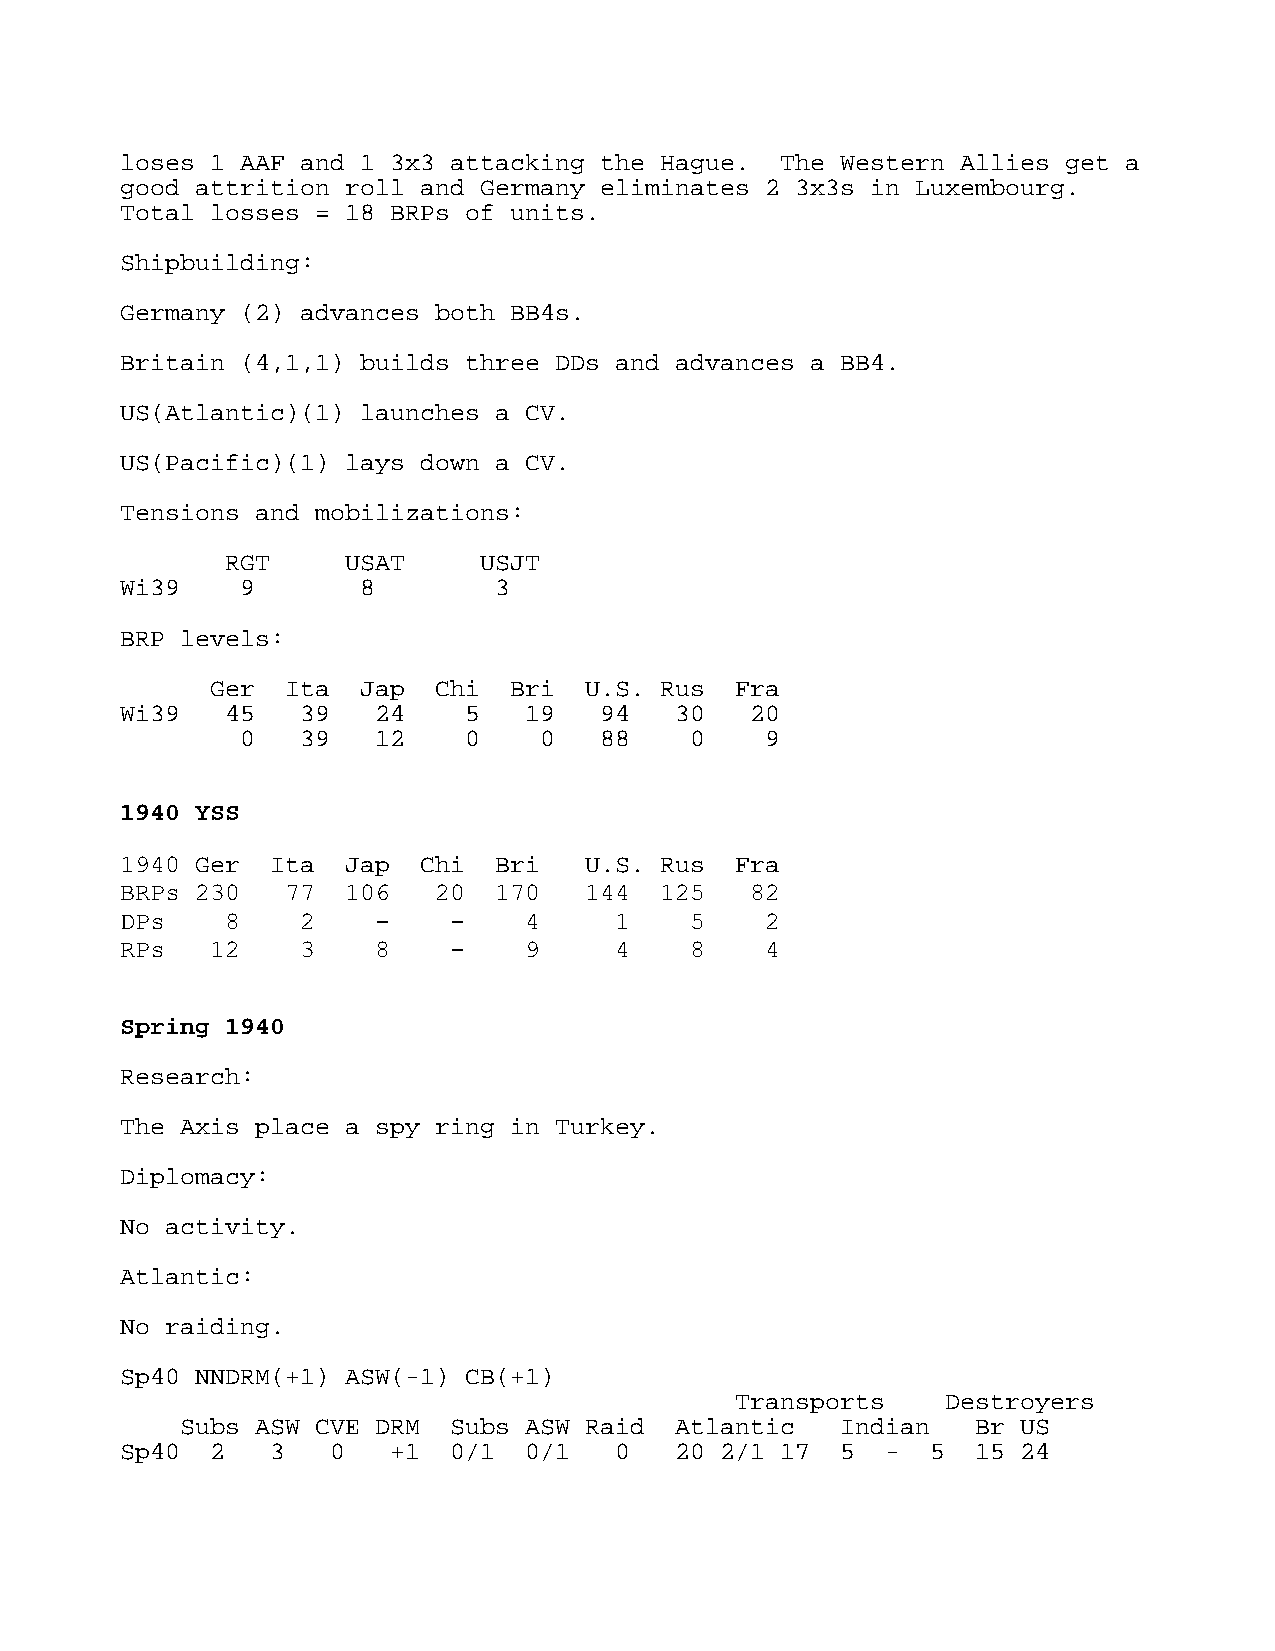
loses 1 AAF and 1 3x3 attacking the Hague.  The Western Allies get a
 good attrition roll and Germany eliminates 2 3x3s in Luxembourg.
 Total losses = 18 BRPs of units.
 Shipbuilding:
 Germany (2) advances both BB4s.
 Britain (4,1,1) builds three DDs and advances a BB4.
 US(Atlantic)(1) launches a CV.
 US(Pacific)(1) lays down a CV.
 Tensions and mobilizations:
 RGT     USAT     USJT
 Wi39    9       8        3
 BRP levels:
 Ger  Ita  Jap  Chi  Bri  U.S. Rus  Fra
 Wi39   45   39   24    5   19   94   30   20
 0   39   12    0    0   88    0    9
 1940 YSS
 1940 Ger  Ita  Jap  Chi  Bri   U.S. Rus  Fra
 BRPs 230   77  106   20  170   144  125   82
 DPs    8    2    -    -    4     1    5    2
 RPs   12    3    8    -    9     4    8    4
 Spring 1940
 Research:
 The Axis place a spy ring in Turkey.
 Diplomacy:
 No activity.
 Atlantic:
 No raiding.
 Sp40 NNDRM(+1) ASW(-1) CB(+1)
 Transports    Destroyers
 Subs ASW CVE DRM  Subs ASW Raid  Atlantic   Indian   Br US
 Sp40  2   3   0   +1  0/1  0/1   0   20 2/1 17  5  -  5  15 24